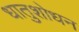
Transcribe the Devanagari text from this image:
धातुशोधन